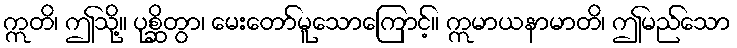
ဣတိ၊ ဤသို့။ ပုစ္ဆိတွာ၊ မေးတော်မူသောကြောင့်။ ဣမာယနာမာတိ၊ ဤမည်သော